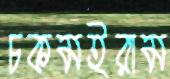
চকমইরাম